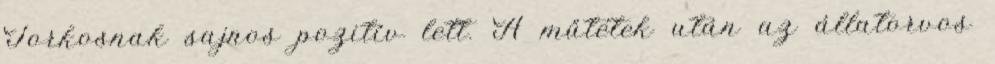
Torkosnak sajnos pozitív lett. A műtétek után az állatorvos